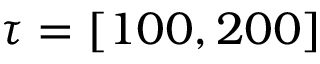
{ \tau } = [ 1 0 0 , 2 0 0 ]